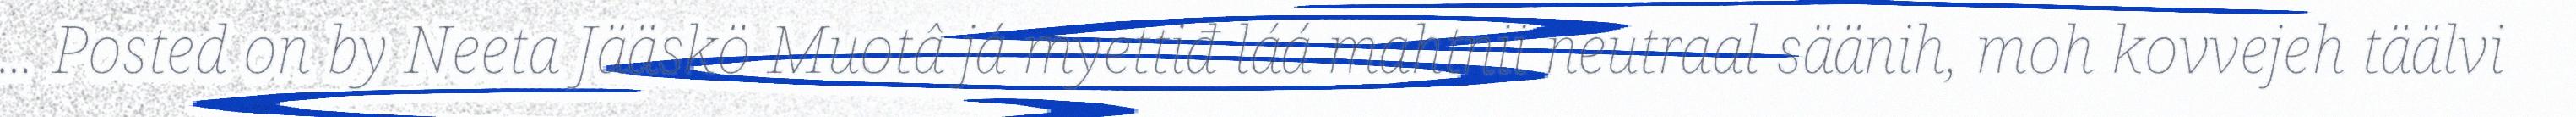
… Posted on by Neeta Jääskö Muotâ já myettiđ láá mahtnii neutraal säänih, moh kovvejeh täälvi